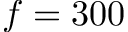
f = 3 0 0